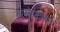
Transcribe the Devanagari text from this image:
नरसंहाराबद्दल